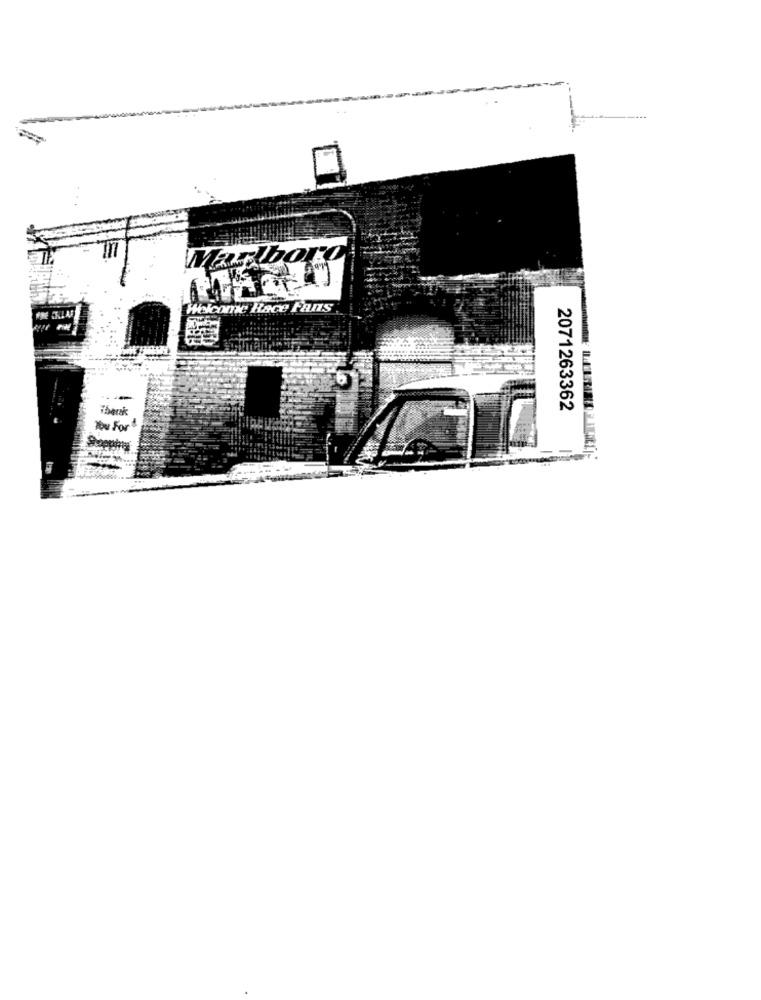
Marlboro
Welcome Race Fans
Thank
2071263362
You For